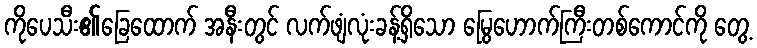
ကိုပေသီး၏ခြေထောက် အနီးတွင် လက်ဖျံလုံးခန့်ရှိသော မြွေဟောက်ကြီးတစ်ကောင်ကို တွေ့